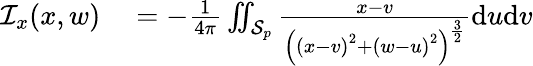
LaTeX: \begin{array}{rl}{\mathcal{I}_{x}(x,w)}&{{}=-\frac{1}{4\pi}\iint_{\mathcal{S}_{p}}\frac{x-v}{\left(\left(x-v\right)^{2}+\left(w-u\right)^{2}\right)^{\frac{3}{2}}}\mathrm{d}u\mathrm{d}v}\end{array}